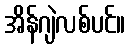
အိန်ဂျဲလစ်ပင်။